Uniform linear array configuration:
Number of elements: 48
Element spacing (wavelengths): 0.25
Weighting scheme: uniform
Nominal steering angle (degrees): -60
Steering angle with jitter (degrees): -58.853
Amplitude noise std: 0.05
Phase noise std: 0.05

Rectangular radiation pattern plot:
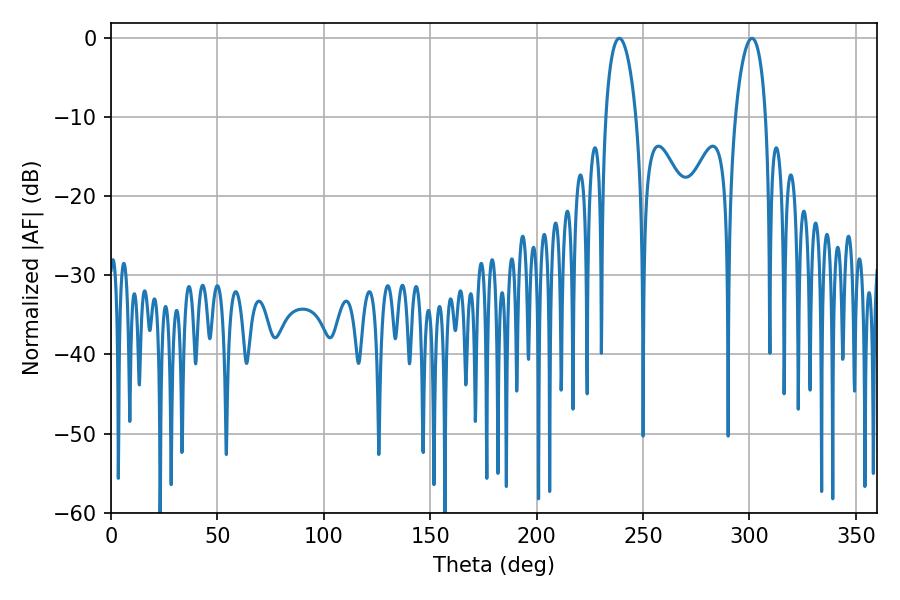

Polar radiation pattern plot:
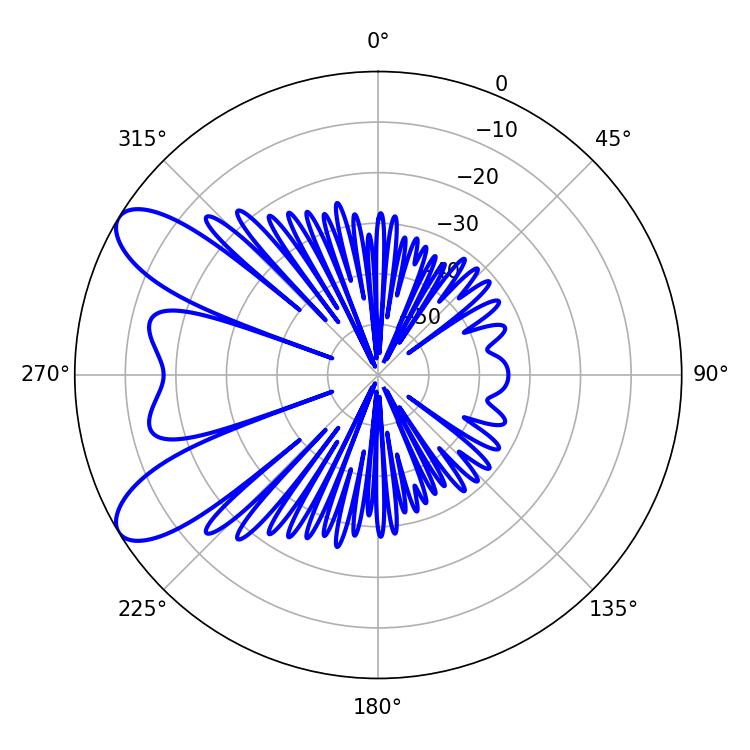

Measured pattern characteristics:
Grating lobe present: FALSE
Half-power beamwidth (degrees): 8.1
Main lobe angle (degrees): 238.86